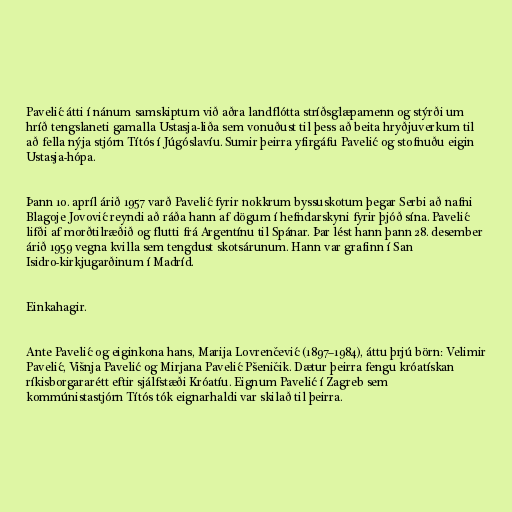
Pavelić átti í nánum samskiptum við aðra landflótta stríðsglæpamenn og stýrði um
hríð tengslaneti gamalla Ustasja-liða sem vonuðust til þess að beita hryðjuverkum til
að fella nýja stjórn Títós í Júgóslavíu. Sumir þeirra yfirgáfu Pavelić og stofnuðu eigin
Ustasja-hópa.

Þann 10. apríl árið 1957 varð Pavelić fyrir nokkrum byssuskotum þegar Serbi að nafni
Blagoje Jovović reyndi að ráða hann af dögum í hefndarskyni fyrir þjóð sína. Pavelić
lifði af morðtilræðið og flutti frá Argentínu til Spánar. Þar lést hann þann 28. desember
árið 1959 vegna kvilla sem tengdust skotsárunum. Hann var grafinn í San
Isidro-kirkjugarðinum í Madríd.

Einkahagir.

Ante Pavelić og eiginkona hans, Marija Lovrenčević (1897–1984), áttu þrjú börn: Velimir
Pavelić, Višnja Pavelić og Mirjana Pavelić Pšeničik. Dætur þeirra fengu króatískan
ríkisborgararétt eftir sjálfstæði Króatíu. Eignum Pavelić í Zagreb sem
kommúnistastjórn Títós tók eignarhaldi var skilað til þeirra.